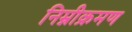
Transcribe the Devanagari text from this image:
निम्नीक्रमण